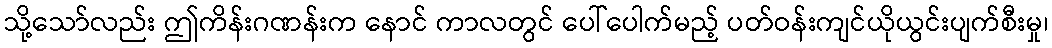
သို့သော်လည်း ဤကိန်းဂဏန်းက နောင် ကာလတွင် ပေါ်ပေါက်မည့် ပတ်ဝန်းကျင်ယိုယွင်းပျက်စီးမှု၊